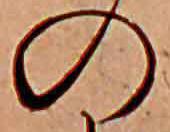
の